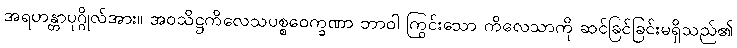
အရဟန္တာပုဂ္ဂိုလ်အား။ အဝသိဋ္ဌကိလေသပစ္စဝေက္ခဏာ ဘာဝါ ကြွင်းသော ကိလေသာကို ဆင်ခြင်ခြင်းမရှိသည်၏